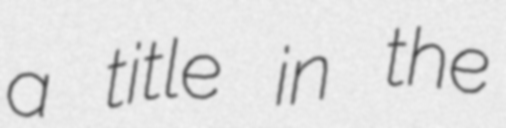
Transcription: a title in the